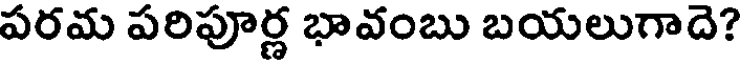
పరమ పరిపూర్ణ భావంబు బయలుగాదె?